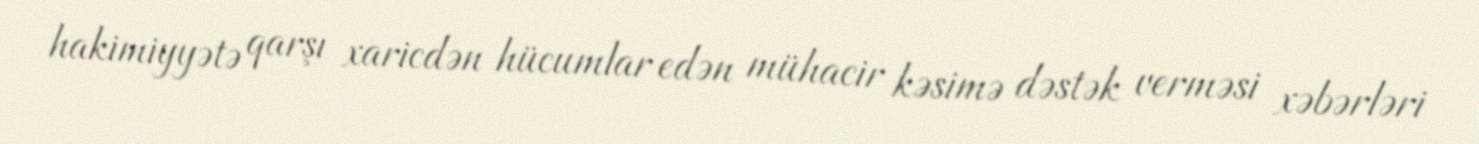
hakimiyyətə qarşı xaricdən hücumlar edən mühacir kəsimə dəstək verməsi xəbərləri